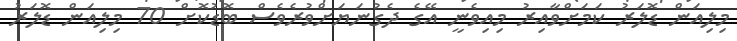
މިލިއަން ޑޮލަރު ކަމަށްވާއިރު މިއިވެނީ އޭގެ ދެގުނަޔަށްވުރެވެސް ބޮޑުކޮށް 70 މިލިއަން ޑޮލަރު